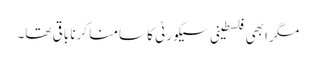
مگر ابھی فلسطینی سیکورٹی کا سامنا کرنا باقی تھا۔